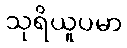
သုရိယူပမာ